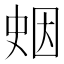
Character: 𪡖